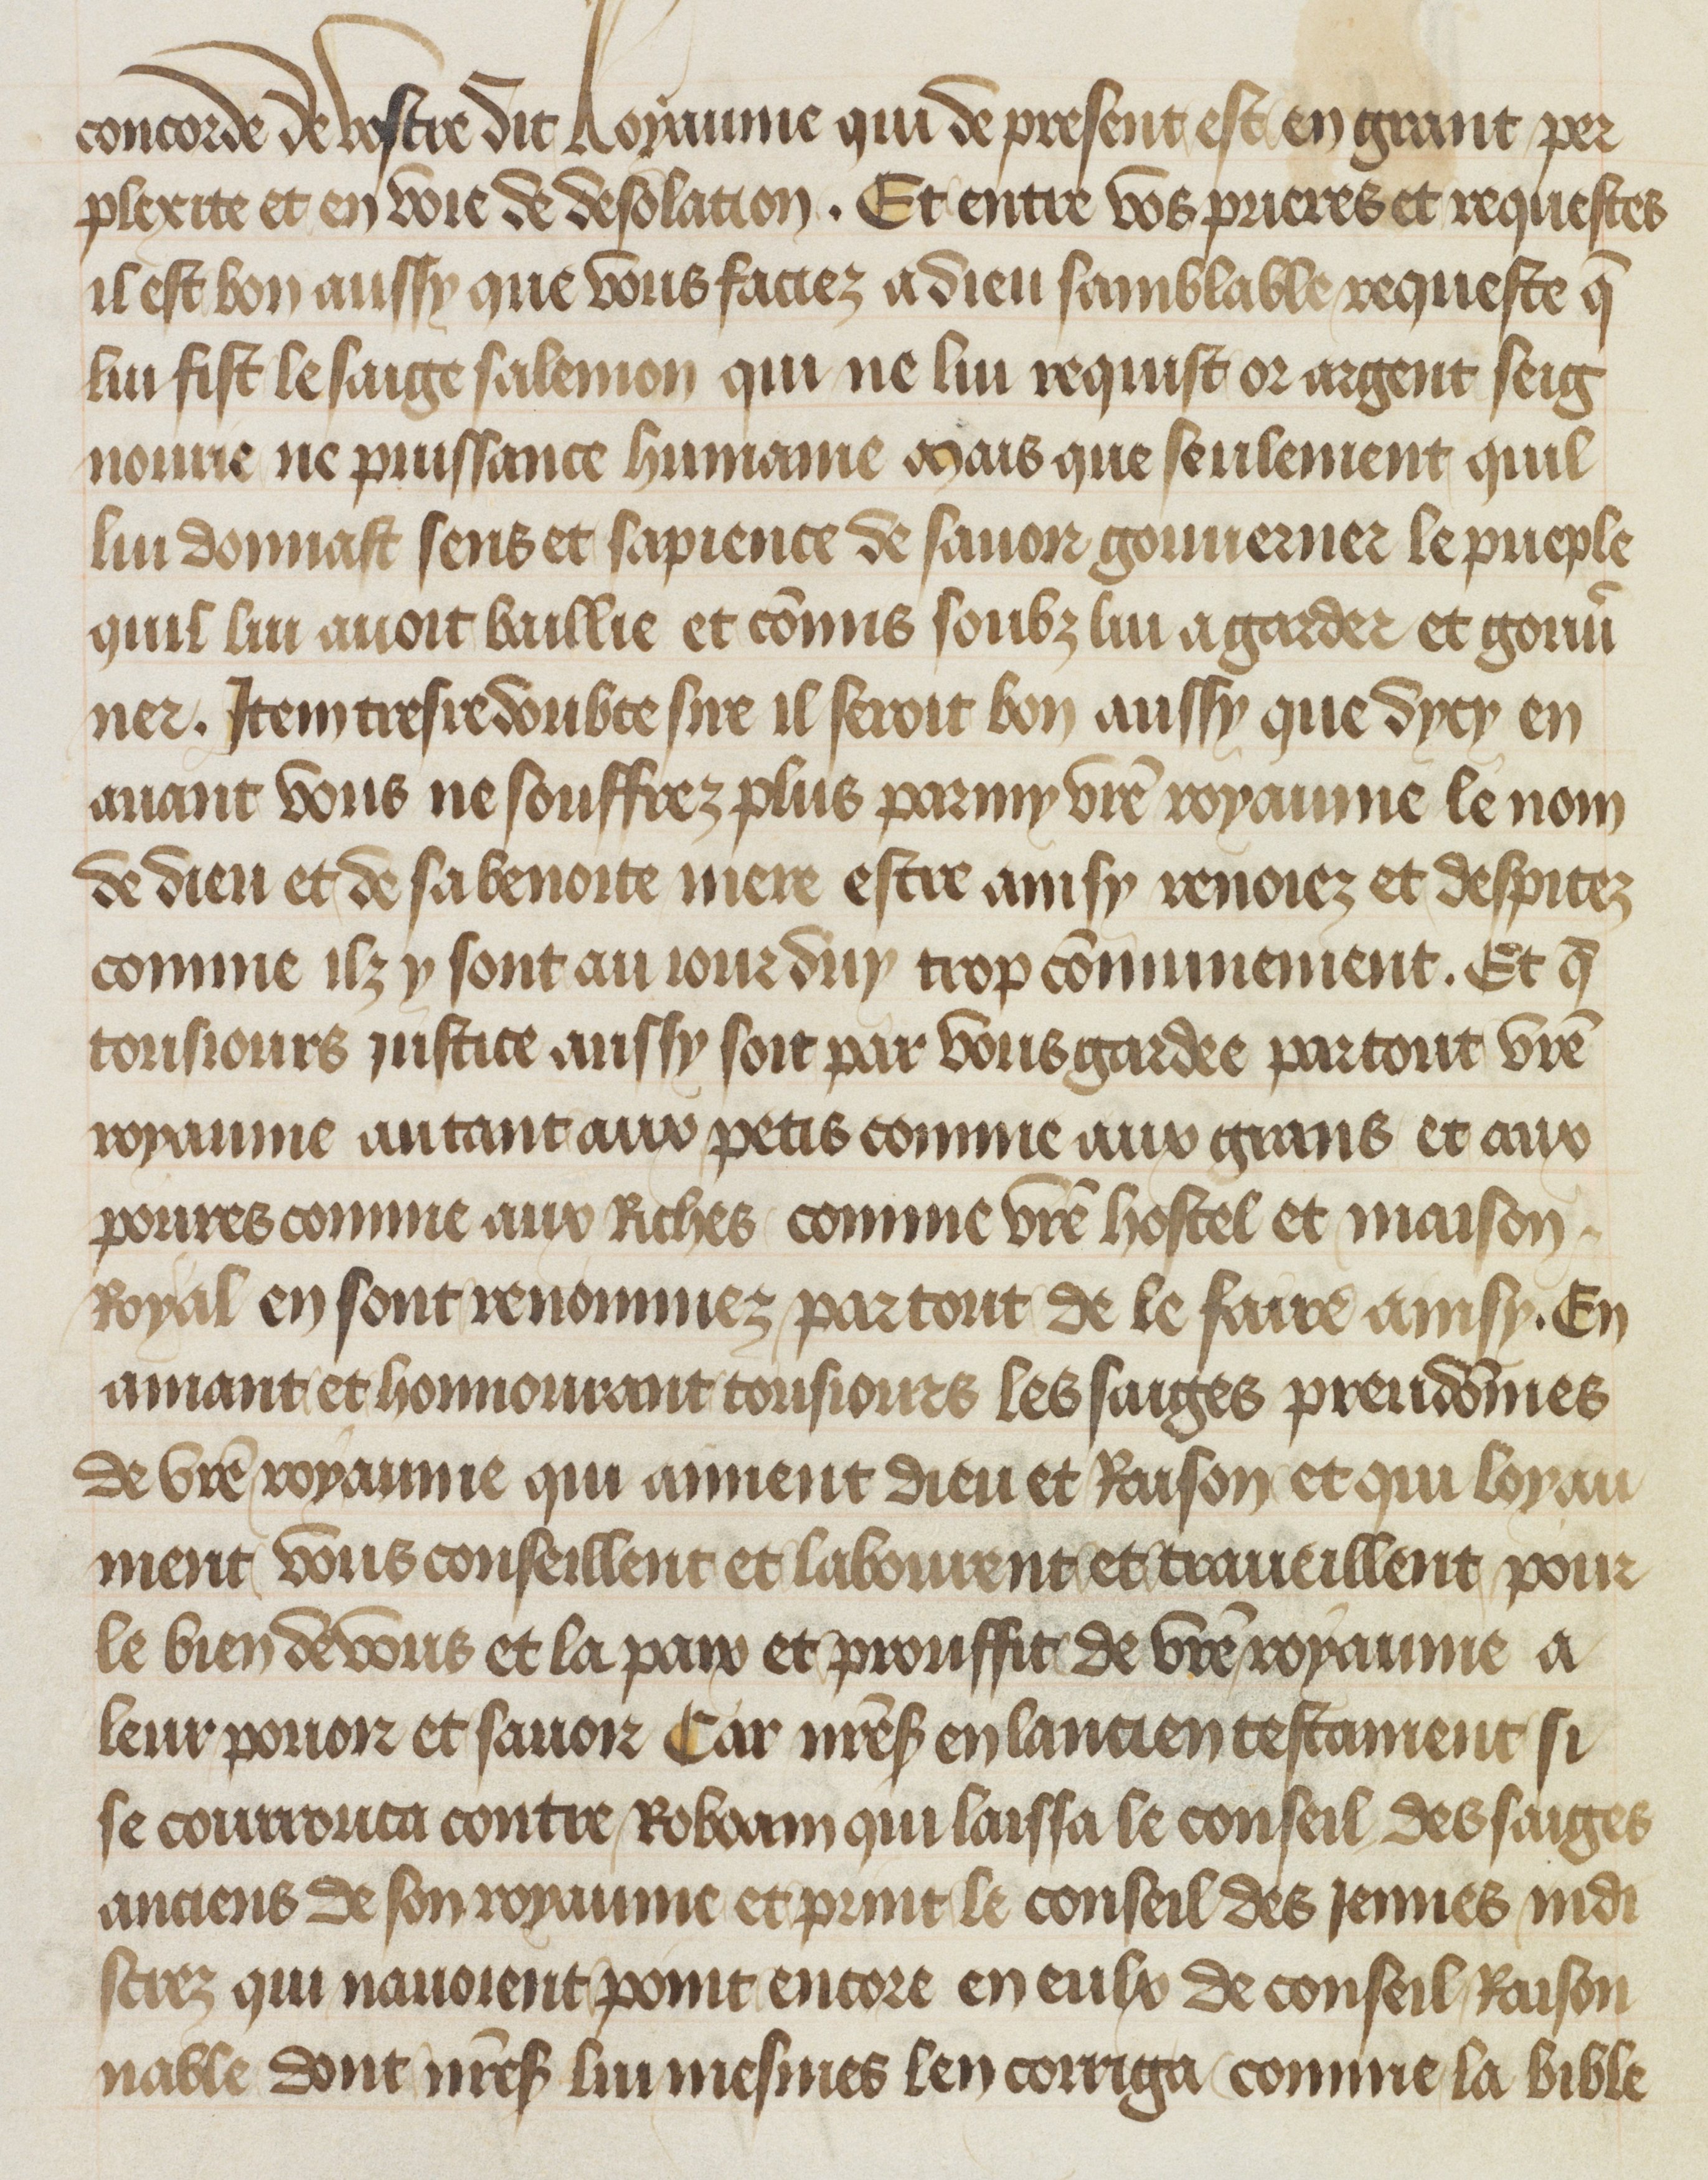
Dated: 1412–1415